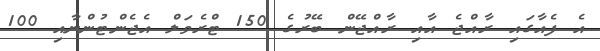
އެ ފެއާގައި ރާއްޖެ އާއި ރާއްޖޭން ބޭރުގެ 150 ޓްރެވަލް އެޖެންޓުންނާއި 100